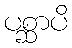
ပစ္ဆာပိ